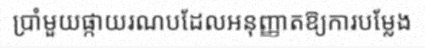
ប្រាំមួយផ្កាយរណបដែលអនុញ្ញាតឱ្យការបម្លែង